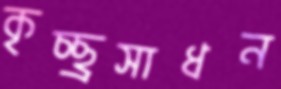
কৃচ্ছ্রসাধন